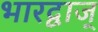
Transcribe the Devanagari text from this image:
भारद्वाज्